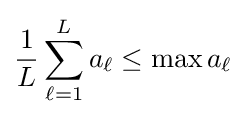
{\frac {1}{L}}\sum _{\ell =1}^{L}a_{\ell }\leq \max a_{\ell }